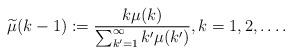
LaTeX: \begin{align*}\widetilde{\mu}(k-1) := \frac{k\mu(k)}{\sum_{k'=1}^\infty k'\mu(k') }, k=1,2,\ldots .\end{align*}